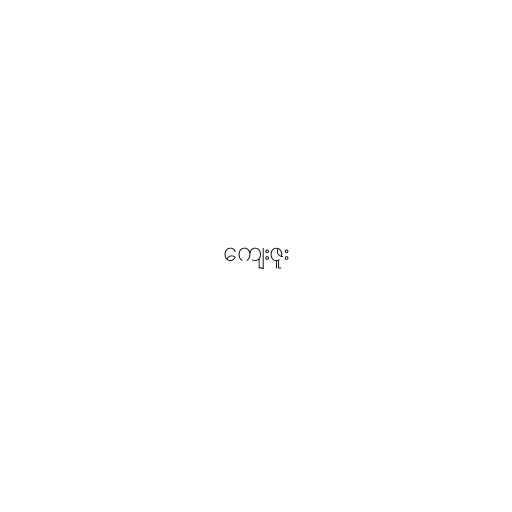
ကျေးဇူး